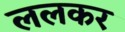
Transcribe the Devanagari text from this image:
ललकर